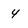
Character: 4